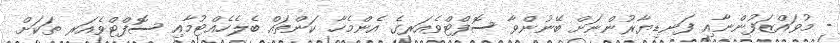
- މުވައްޒަފުންނާއި ފަނޑިޔާރުންނަށް ބޭނުންވާ ސޮފްޓްވެއަރގެ އެންމެހާ ކަންތައް ބެލެހެއްޓުމާއި ސޮފްޓްވެއަރ ތަކަށް